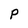
Character: P